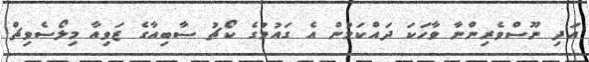
އަދި ނޫސްވެރިންނާ ވާހަކަ ދައްކަމުން އެ ގައުމުގެ ކޯޗު ސާބިއާގެ ޒަވިއާ މިލޯސެވިޗް